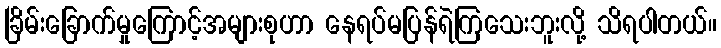
ခြိမ်းခြောက်မှုကြောင့်အများစုဟာ နေရပ်မပြန်ရဲကြသေးဘူးလို့ သိရပါတယ်။